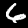
Label: 6